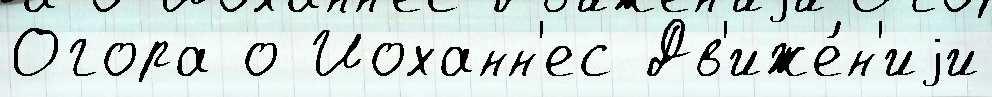
Огора о Йоханн'ес Дв'иже́н'иjи